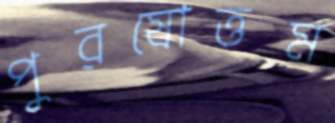
পুরষোত্তম